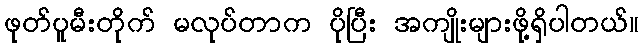
ဖုတ်ပူမီးတိုက် မလုပ်တာက ပိုပြီး အကျိုးများဖို့ရှိပါတယ်။